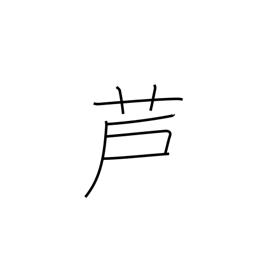
Meaning: bullrush